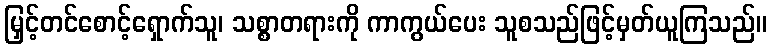
မြှင့်တင်စောင့်ရှောက်သူ၊ သစ္စာတရားကို ကာကွယ်ပေး သူစသည်ဖြင့်မှတ်ယူကြသည်။